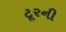
ટૂરની